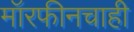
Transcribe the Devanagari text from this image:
मॉरफीनचाही